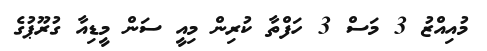
މުއިއްޒު 3 މަސް 3 ހަފްތާ ކުރިން މިއީ ސަން މީޑިއާ ގުރޫޕުގެ